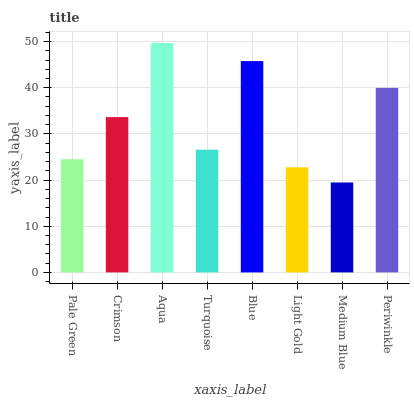
| xaxis_label | bars |
 | --- | --- |
 | Pale Green | 24.5 |
 | Crimson | 33.6 |
 | Aqua | 49.7 |
 | Turquoise | 26.6 |
 | Blue | 45.8 |
 | Light Gold | 22.8 |
 | Medium Blue | 19.5 |
 | Periwinkle | 40 |